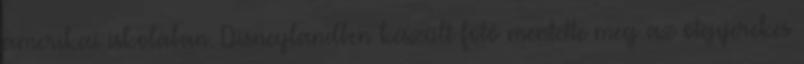
amerikai iskolában. Disneylandben készült fotó mentette meg az ötgyerekes